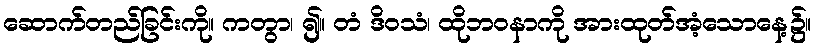
ဆောက်တည်ခြင်းကို။ ကတွာ၊ ၍။ တံ ဒိဝသံ၊ ထိုဘဝနာကို အားထုတ်အံ့သောနေ့၌။